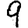
Digit: 9